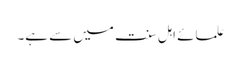
علمائے اہل سنت میں سے ہے۔